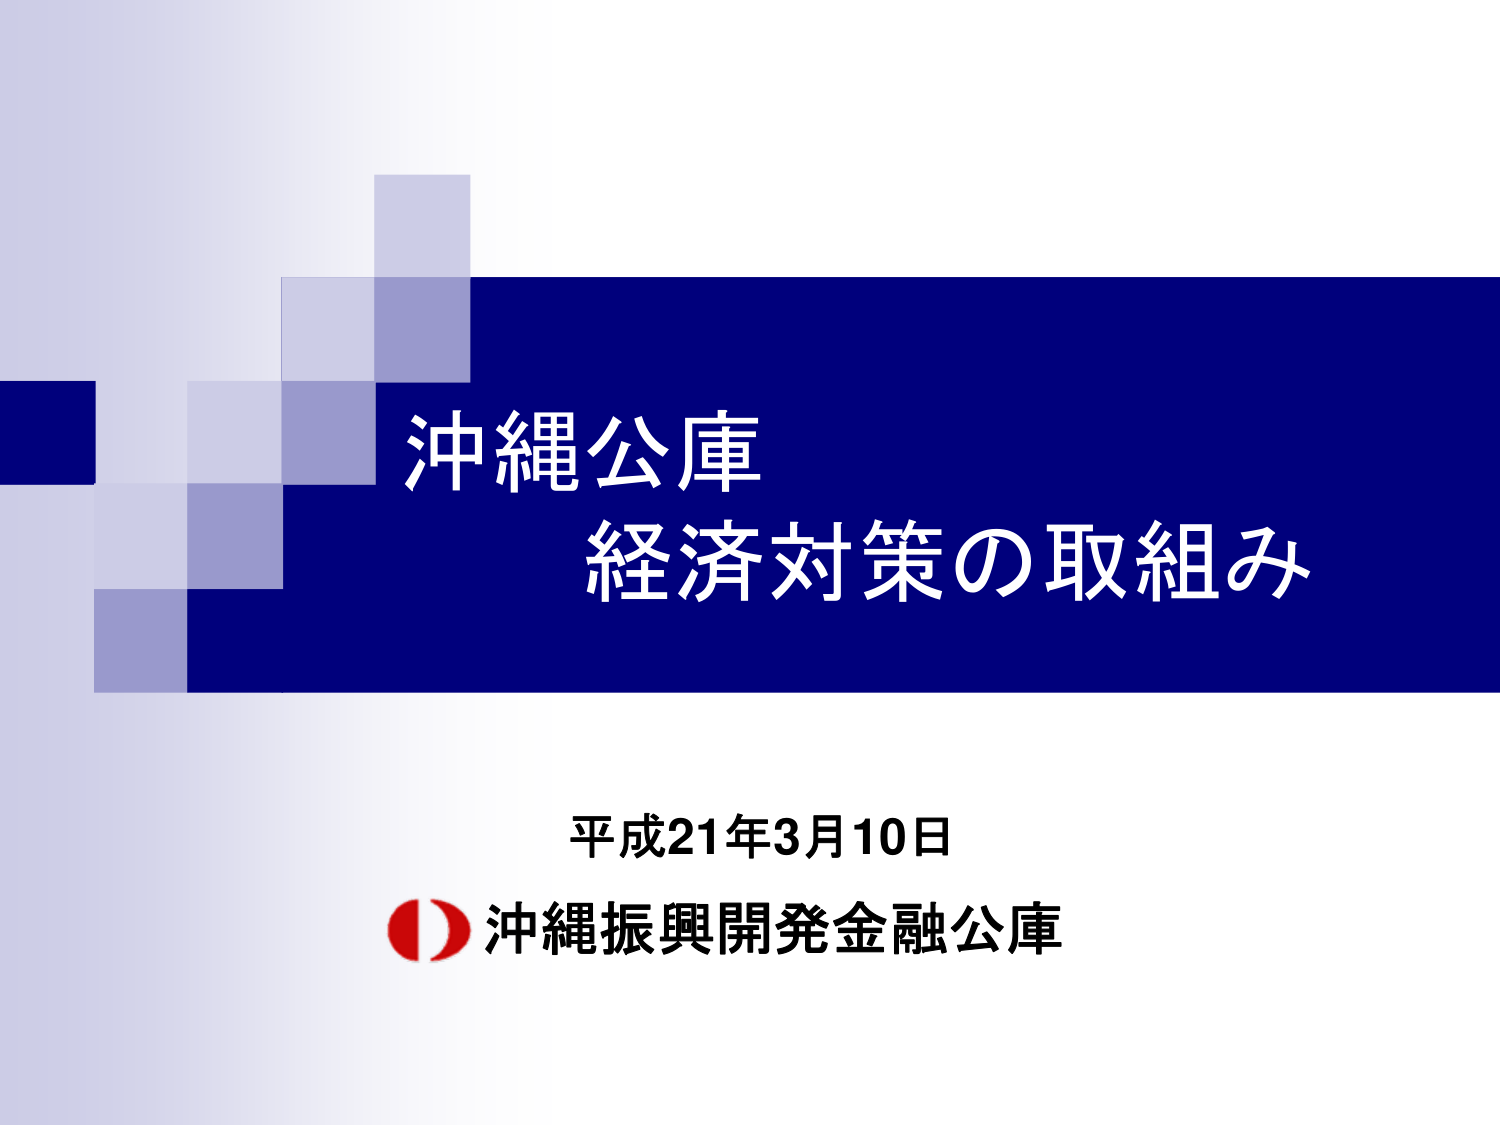
沖縄公庫
経済対策の取組み

平成21年3月10日
沖縄振興開発金融公庫